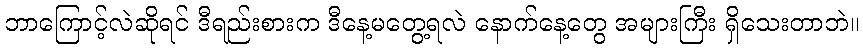
ဘာကြောင့်လဲဆိုရင် ဒီရည်းစားက ဒီနေ့မတွေ့ရလဲ နောက်နေ့တွေ အများကြီး ရှိသေးတာဘဲ။